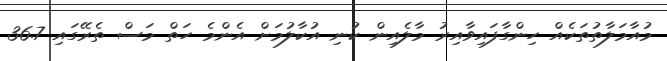
މުއާމަލާތުތަކެއް ހިންގާފައިވާއިރު މާލެއިން ކުނި އުކާލުމަށް އެންމެ ހަތް މަސް ތެރޭގައި 36.7